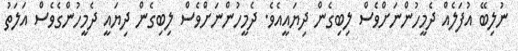
ނުލިބޭ އުފަލެއް ދެމީހުންނަށްވެސް ލިބިގެން ދިޔައީއެވެ. ދެމީހުންނަށްވެސް ލިބިގެން ދިޔައީ ދެމީހުންގެވެސް އަލަތު